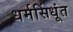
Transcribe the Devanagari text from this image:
धर्मसिंधूंत